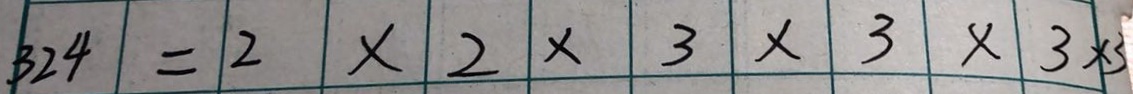
3 2 4 = 2 \times 2 \times 3 \times 3 \times 3 \times 3